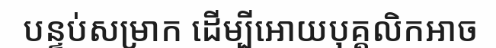
បន្ទប់សម្រាក ដើម្បីអោយបុគ្គលិកអាច